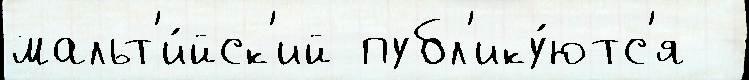
мальт'и́йск'ий публ'ику́ютс'я